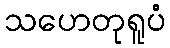
သဟေတုရူပံ